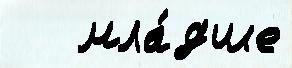
   мла́дше